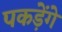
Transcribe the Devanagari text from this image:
पकड़ेंगे